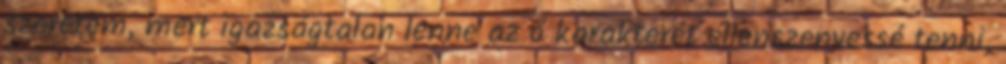
szeretem, mert igazságtalan lenne az ő karakterét ellenszenvessé tenni,